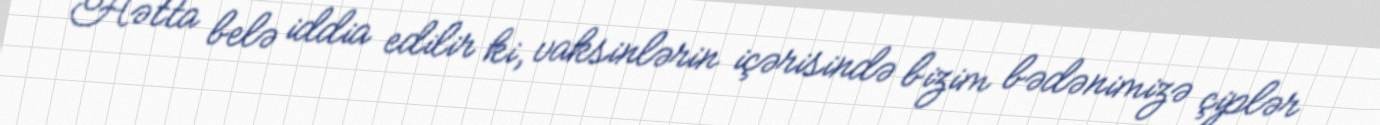
Hətta belə iddia edilir ki, vaksinlərin içərisində bizim bədənimizə çiplər